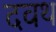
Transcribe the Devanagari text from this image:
दवथ